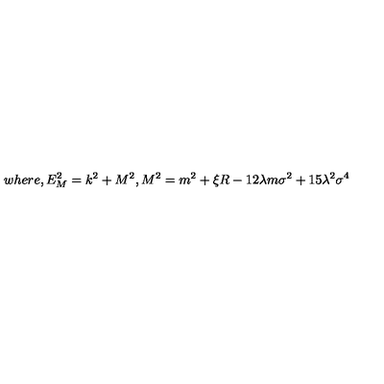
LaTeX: w h e r e , E _ { M } ^ { 2 } = k ^ { 2 } + M ^ { 2 } , M ^ { 2 } = m ^ { 2 } + \xi R - 1 2 \lambda m \sigma ^ { 2 } + 1 5 \lambda ^ { 2 } \sigma ^ { 4 }